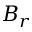
B _ { r }